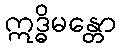
ဣဒ္ဓိမန္တော